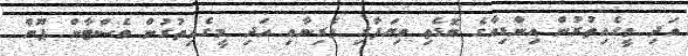
އަދި މީގެއިތުރުން އިންޑިއާގެ ބޮޑެތި ވިޔަފާރި ވެރިނާއި އަދި މީގެއިތުރުން ވެސްޓާން ޕޫން